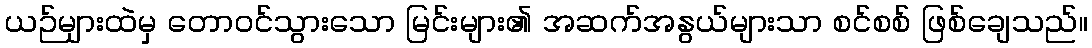
ယဉ်များထဲမှ တောဝင်သွားသော မြင်းများ၏ အဆက်အနွယ်များသာ စင်စစ် ဖြစ်ချေသည်။